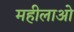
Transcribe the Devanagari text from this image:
महीलाओ